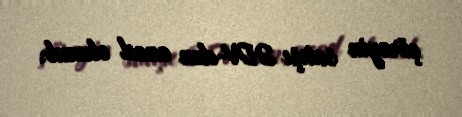
çörəyin satışı ƏDV-dən azad olunub.